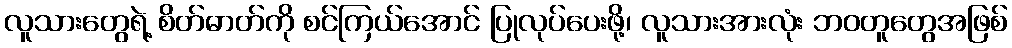
လူသားတွေရဲ့ စိတ်ဓာတ်ကို စင်ကြယ်အောင် ပြုလုပ်ပေးဖို့၊ လူသားအားလုံး ဘဝတူတွေအဖြစ်